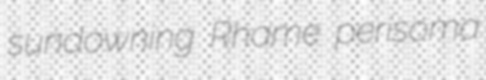
sundowning Rhame perisoma